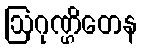
ဩဂုဏ္ဌိတေန